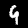
Label: 9